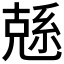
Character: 𠒭